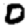
Digit: 0